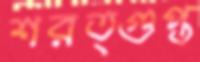
শরত্গুপ্ত